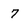
Character: 7